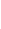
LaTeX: \! \! \! \! \! \! \! \! \! \! \! \theta\! \! \! \! \! \! \! \! \! \! \! \! :\! \! \! \! \! \! \! \! \! \! \! \! [\! \! \! \! \! \! \! \! \! \! \! \! 0\! \! \! \! \! \! \! \! \! \! \! \! ,\! \! \! \! \! \! \! \! \! \! \! \! 1\! \! \! \! \! \! \! \! \! \! \! \! ]\! \! \! \! \! \! \! \! \! \! \! \! \to\! \! \! \! \! \! \! \! \! \! \! \! D\! \! \! \! \! \! \! \! \! \! \!